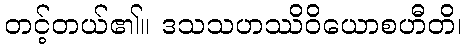
တင့်တယ်၏။ ဒသသဟဿိဝိယောစဟီတိ၊